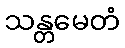
သန္တမေတံ